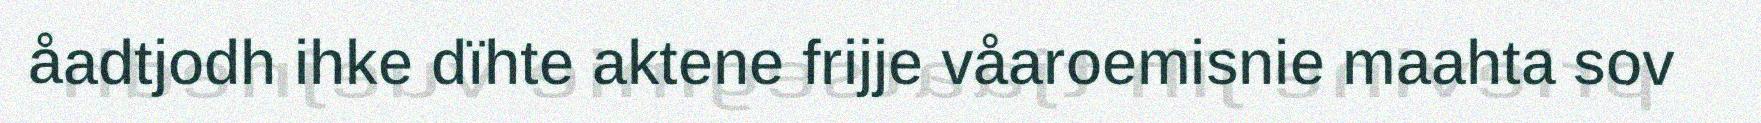
åadtjodh ihke dïhte aktene frijje våaroemisnie maahta sov